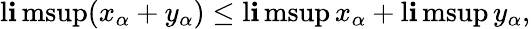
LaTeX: \operatorname*{l\mathbf{i}msup}(x_{\alpha}+y_{\alpha})\leq\operatorname*{l\mathbf{i}msup}x_{\alpha}+\operatorname*{l\mathbf{i}msup}y_{\alpha},